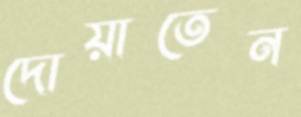
দোয়াতেন